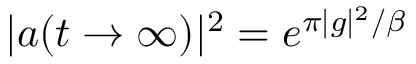
| a ( t \rightarrow \infty ) | ^ { 2 } = e ^ { \pi | g | ^ { 2 } / \beta }